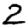
Digit: 2